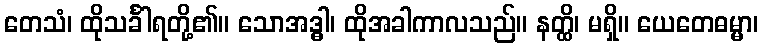
တေသံ၊ ထိုသင်္ခါရတို့၏။ သောအဒ္ဓါ၊ ထိုအခါကာလသည်။ နတ္ထိ၊ မရှိ။ ယေတေဓမ္မာ၊